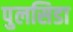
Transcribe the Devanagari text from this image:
पुलसिडा